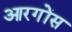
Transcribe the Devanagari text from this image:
आरगोंस